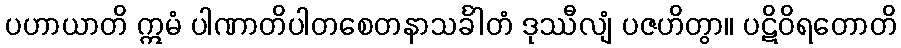
ပဟာယာတိ ဣမံ ပါဏာတိပါတစေတနာသင်္ခါတံ ဒုဿီလျံ ပဇဟိတွာ။ ပဋိဝိရတောတိ